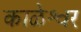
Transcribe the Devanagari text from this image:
काळेश्वर